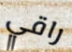
راقي